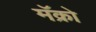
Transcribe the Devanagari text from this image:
मॅक्रो